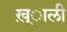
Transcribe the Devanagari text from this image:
ख़्ाली